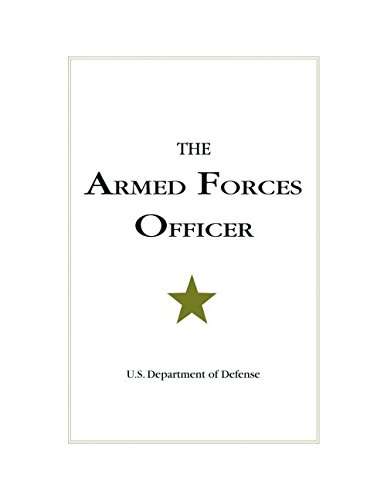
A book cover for The Armed Forces Officer: 2007 Edition (National Defense University); Department Of Defense; History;